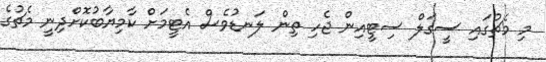
މި މެޗުގައި ސީގަލް ސިޓީއިން ޖެހި ތިން ލަނޑުވެސް އެޓީމަށް ކާމިޔާބުކޮށްދިނީ މެޗުގެ